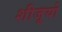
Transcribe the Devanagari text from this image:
शीजूयो